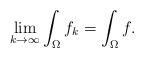
LaTeX: \begin{align*}\lim_{k\rightarrow\infty}\int_\Omega{f_k}=\int_\Omega{f}.\end{align*}